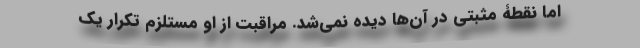
اما نقطۀ مثبتی در آن‌ها دیده نمی‌شد. مراقبت از او مستلزم تکرار یک